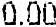
0.00